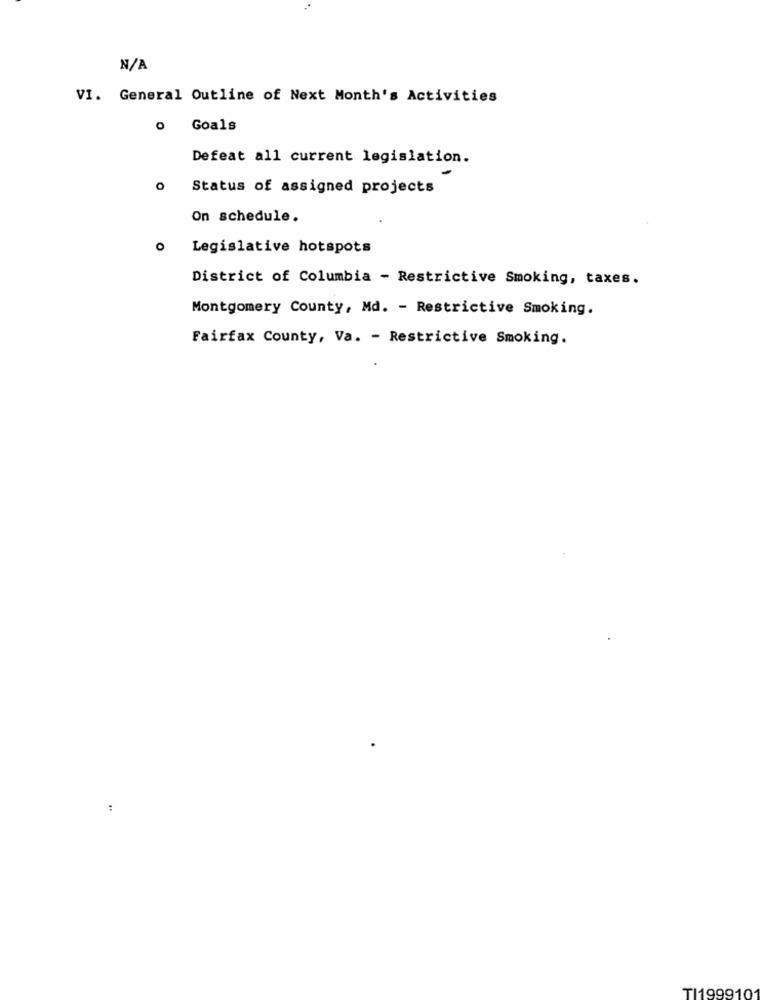
VI. General Outline of Next Month's Activities
o Goals
Defeat all current legislation.
Status of assigned projects
On schedule.
Legislative hotspots
District of Columbia - Restrictive Smoking, taxes.
Montgomery County, Md. - Restrictive Smoking.
Fairfax County, Va. - Restrictive Smoking.
:
TI199910